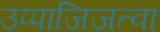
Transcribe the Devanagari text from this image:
उप्पाजिजत्वा